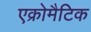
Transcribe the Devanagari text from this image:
एक्रोमैटिक